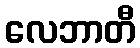
လေဘာတီ